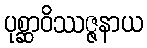
ပုစ္ဆာဝိဿဇ္ဇနာယ